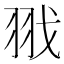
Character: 𦐂